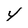
Character: y